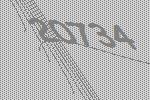
20734